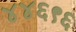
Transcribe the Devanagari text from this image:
४४६९६